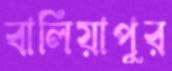
বালিয়াপুর